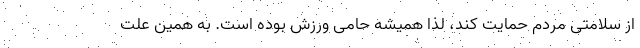
از سلامتی مردم حمایت کند، لذا همیشه حامی ورزش بوده است. به همین علت